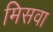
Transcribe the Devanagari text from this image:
मिसवा